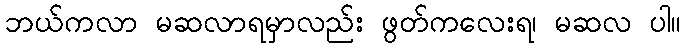
ဘယ်ကလာ မဆလာရမှာလည်း ဖွတ်ကလေးရ၊ မဆလ ပါ။